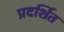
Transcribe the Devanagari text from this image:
प्रदर्शित